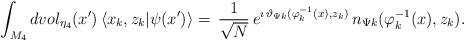
LaTeX: \begin{align*}\int_{M_4}dvol_{\eta_4}(x')\,\langle x_k,z_k|\psi(x')\rangle =\,\frac{1}{\sqrt{N}}\, e^{\imath\,\vartheta_{\Psi k}(\varphi^{-1}_{k}(x),z_k)}\,n_{\Psi k}(\varphi^{-1}_{k}(x),z_k).\end{align*}